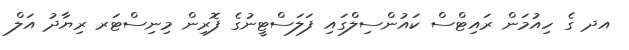
އދ ގެ ހިއުމަން ރައިޓްސް ކައުންސިލްގައި ފަލަސްޓީނުގެ ފޮރިން މިނިސްޓަރ ރިޔާދު އަލް